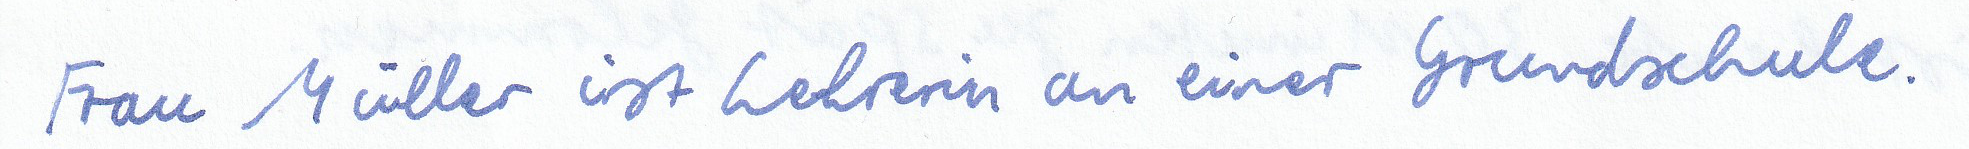
Frau Müller ist Lehrerin an einer Grundschule.